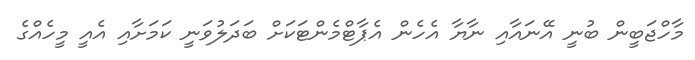
މާހްޖަބީން ބުނީ އޭނައާއި ނާޔާ އެހެން އެޕާޓްމެންޓަކަށް ބަދަލުވަނީ ކަމަށާއި އެއީ މީހެއްގެ